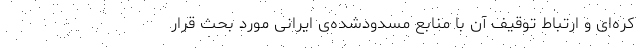
کره‌ای و ارتباط توقیف آن با منابع مسدودشده‌ی ایرانی مورد بحث قرار